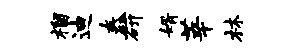
榴迪舂研婿莘林